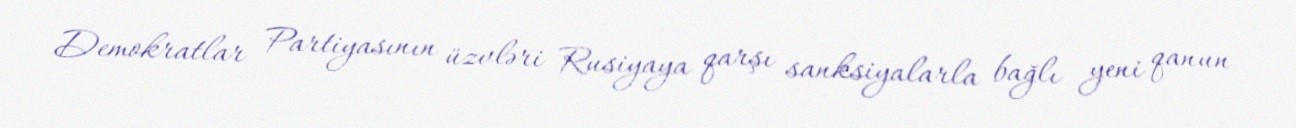
Demokratlar Partiyasının üzvləri Rusiyaya qarşı sanksiyalarla bağlı yeni qanun